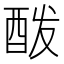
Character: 酦